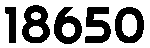
18650